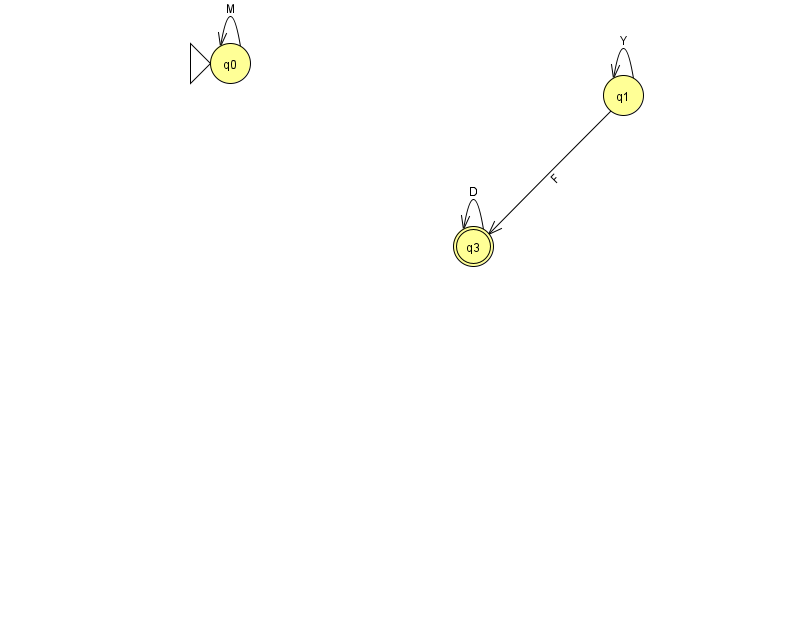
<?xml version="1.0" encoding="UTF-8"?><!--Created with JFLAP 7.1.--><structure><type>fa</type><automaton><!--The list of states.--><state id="0" name="q0"><x>230.0</x><y>50.0</y><initial/></state><state id="1" name="q1"><x>623.0</x><y>82.0</y></state><state id="3" name="q3"><x>473.0</x><y>233.0</y><final/></state><!--The list of transitions.--><transition><from>3</from><to>3</to><read>D</read></transition><transition><from>1</from><to>1</to><read>Y</read></transition><transition><from>0</from><to>0</to><read>M</read></transition><transition><from>1</from><to>3</to><read>F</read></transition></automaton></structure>